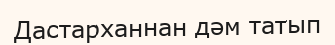
Дастарханнан дәм татып